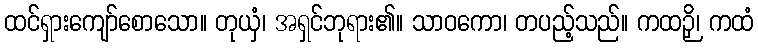
ထင်ရှားကျော်စောသော။ တုယှံ၊ အရှင်ဘုရား၏။ သာဝကော၊ တပည့်သည်။ ကထဉှိ၊ ကထံ